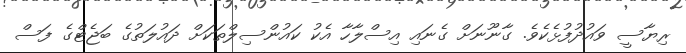
ރިޔާސީ ވައުދުފުޅެކެވެ. ގާނޫނަށް ގެނައި އިސްލާހާ އެކު ކައުންސިލްތަކަށް ދައުލަތުގެ ބަޖެޓްގެ ފަސް